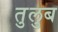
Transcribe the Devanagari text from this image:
तुलुब